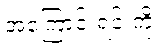
အကြောင်းရင်းကို